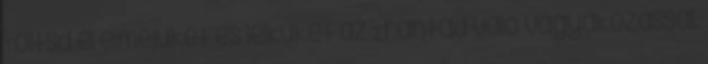
Töltsd el elméjüket és lelküket az Irántad való vágyakozással.